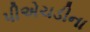
પીએચડીના